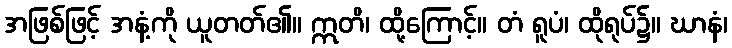
အဖြစ်ဖြင့် အနံ့ကို ယူတတ်၏။ ဣတိ၊ ထို့ကြောင့်။ တံ ရူပံ၊ ထိုရုပ်၌။ ဃာနံ၊